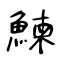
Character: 鰊